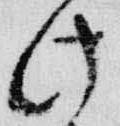
此